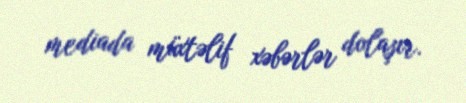
mediada müxtəlif xəbərlər dolaşır.